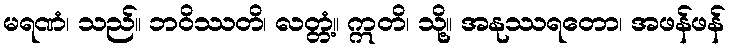
မရဏံ၊ သည်။ ဘဝိဿတိ၊ လတ္တံ့။ ဣတိ၊ သို့။ အနုဿရတော၊ အဖန်ဖန်